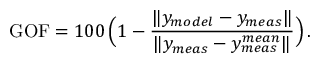
\mathrm { G O F } = 1 0 0 \, \Big ( 1 - \frac { \| y _ { m o d e l } - y _ { m e a s } \| } { \| y _ { m e a s } - y _ { m e a s } ^ { m e a n } \| } \Big ) \, .